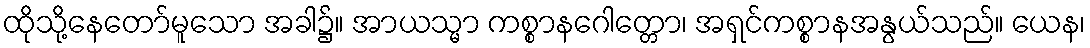
ထိုသို့နေတော်မူသော အခါ၌။ အာယသ္မာ ကစ္စာနဂေါတ္တော၊ အရှင်ကစ္စာနအနွယ်သည်။ ယေန၊